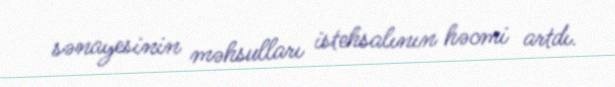
sənayesinin məhsulları istehsalının həcmi artdı.